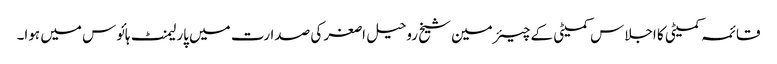
قائمہ کمیٹی کا اجلاس کمیٹی کے چیئرمین شیخ روحیل اصغر کی صدارت میں پارلیمنٹ ہائوس میں ہوا۔